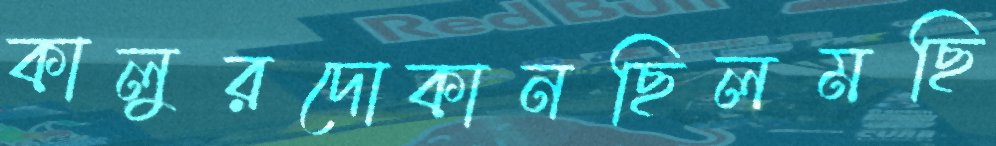
কালুরদোকানছিলমছি